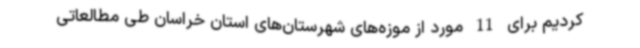
کردیم برای 11 مورد از موزه‌های شهرستان‌های استان خراسان طی مطالعاتی